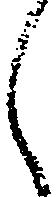
く